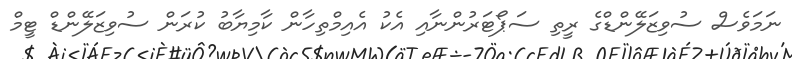
ނަމަވެސް ސުވިޒަލޭންޑްގެ ރީތި ސަޕޯޓަރުންނާއި އެކު އެއިމްތިހާން ކާމިޔާބު ކުރަން ސުވިޒަލޭންޑް ޓީމް